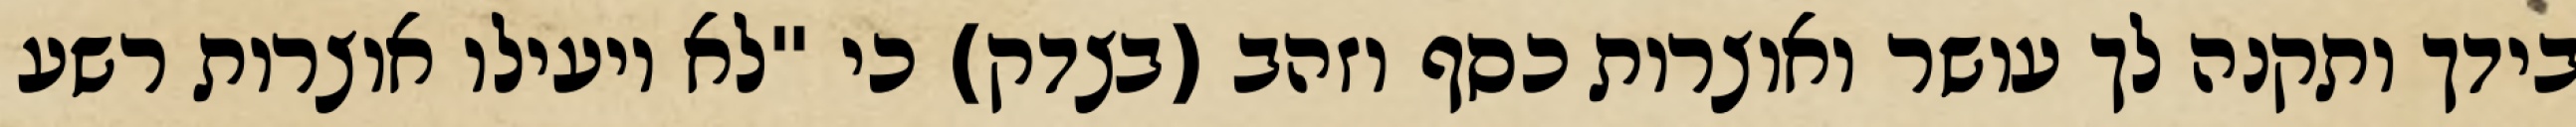
בידך ותקנה לך עושר ואוצרות כסף וזהב (בצדק) כי "לא יועילו אוצרות רשע